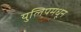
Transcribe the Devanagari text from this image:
युलिपमधून